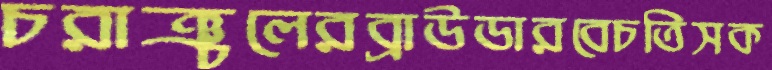
চরাঞ্চলেরব্রাউডারবেচতিসক